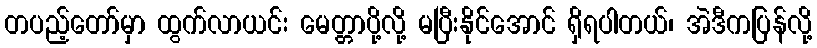
တပည့်တော်မှာ ထွက်လာယင်း မေတ္တာပို့လို့ မပြီးနိုင်အောင် ရှိရပါတယ်၊ အဲဒီကပြန်လို့